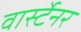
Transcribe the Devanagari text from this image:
वार्स्टेनर